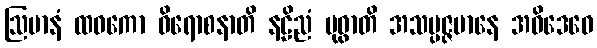
ဩမာနံ ထဝကော ဝိရောစနာတိ နဠိညံ ဗုဓွာတိ အသမ္ပဇ္ဇမာနေ အဓိဒေဝေ